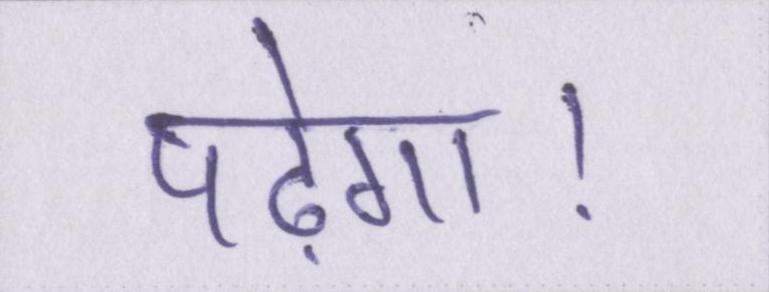
पढ़ेगा।